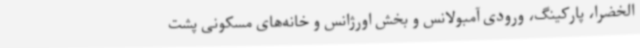
الخضرا، پارکینگ، ورودی آمبولانس و بخش اورژانس و خانه‌های مسکونی پشت